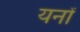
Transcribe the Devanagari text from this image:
यनों